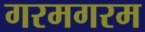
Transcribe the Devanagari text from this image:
गरमगरम